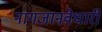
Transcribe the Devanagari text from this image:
नागजानवेधारी